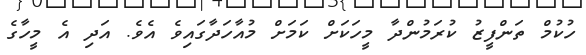
ހުކުމް ތަންފީޒު ކުރަމުންދާ މީހަކަށް ކަމަށް މުއާހަދާގައިވެ އެވެ. އަދި އެ މީހާގެ